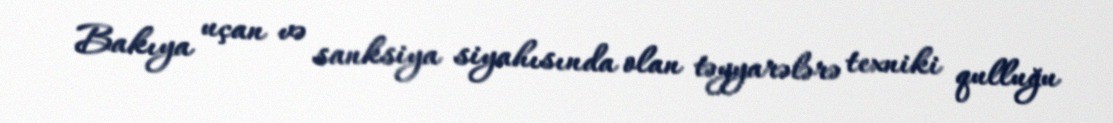
Bakıya uçan və sanksiya siyahısında olan təyyarələrə texniki qulluğu